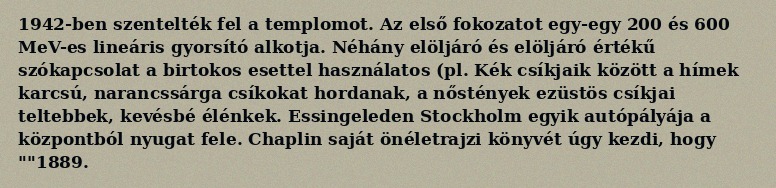
1942-ben szentelték fel a templomot. Az első fokozatot egy-egy 200 és 600 MeV-es lineáris gyorsító alkotja. Néhány elöljáró és elöljáró értékű szókapcsolat a birtokos esettel használatos (pl. Kék csíkjaik között a hímek karcsú, narancssárga csíkokat hordanak, a nőstények ezüstös csíkjai teltebbek, kevésbé élénkek. Essingeleden Stockholm egyik autópályája a központból nyugat fele. Chaplin saját önéletrajzi könyvét úgy kezdi, hogy ""1889.